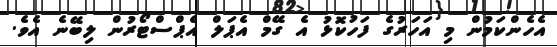
އެހެންކަމުން މި އަހަރުގެ ފަހުކޮޅު އެ ގޭމް އެޕަލް އެޕްސްޓޯރުން ލިބޭނެ އެވެ.